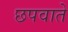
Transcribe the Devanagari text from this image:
छपवाते